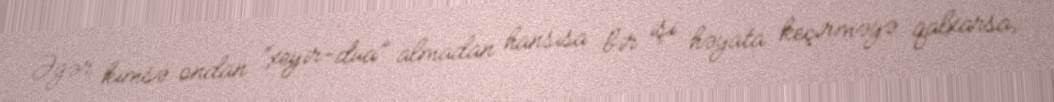
Əgər kimsə ondan “xeyir-dua” almadan hansısa bir işi həyata keçirməyə qalxarsa,